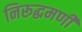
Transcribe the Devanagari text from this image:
निरूद्धमणी